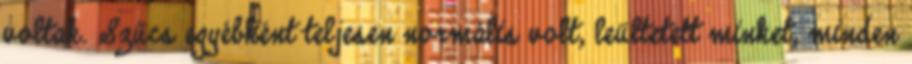
voltak. Szűcs egyébként teljesen normális volt, leültetett minket, minden